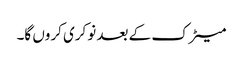
میٹرک کے بعد نوکری کروں گا۔